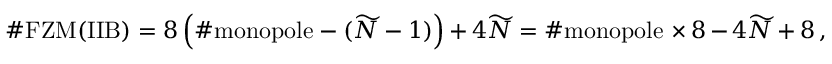
\# \mathrm { F Z M ( I I B ) } = 8 \left( \# \mathrm { m o n o p o l e } - ( \widetilde { N } - 1 ) \right) + 4 \widetilde { N } = \# \mathrm { m o n o p o l e } \, \times 8 - 4 \widetilde { N } + 8 \, ,